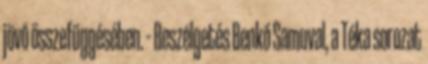
jövő összefüggésében. – Beszélgetés Benkő Samuval, a Téka sorozat